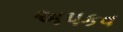
અપકવ